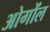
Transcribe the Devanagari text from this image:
ओगोंल